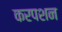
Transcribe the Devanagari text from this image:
करपशन